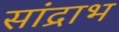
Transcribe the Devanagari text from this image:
सांद्राभ